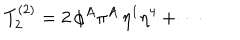
LaTeX: T _ { 2 } ^ { ( 2 ) } = 2 \, \phi ^ { A } \pi ^ { A } \, \eta ^ { 1 } \eta ^ { 4 } + \cdots